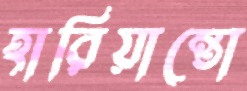
হারিয়ান্তো